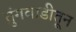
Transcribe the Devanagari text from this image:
तुंगवाडीतून